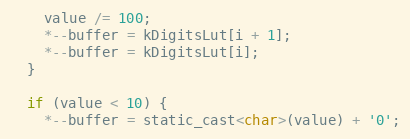
Language: C
    value /= 100;
    *--buffer = kDigitsLut[i + 1];
    *--buffer = kDigitsLut[i];
  }

  if (value < 10) {
    *--buffer = static_cast<char>(value) + '0';